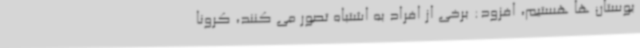
بوستان ها هستیم، افزود: برخی از افراد به اشتباه تصور می کنند، کرونا